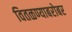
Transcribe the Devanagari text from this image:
वितळण्याबरोबर